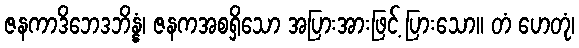
ဇနကာဒိဘေဒဘိန္နံ၊ ဇနကအစရှိသော အပြားအားဖြင့် ပြားသော။ တံ ဟေတုံ၊